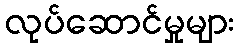
လုပ်ဆောင်မှုများ